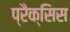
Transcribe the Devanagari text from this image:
प्रैक्सिस